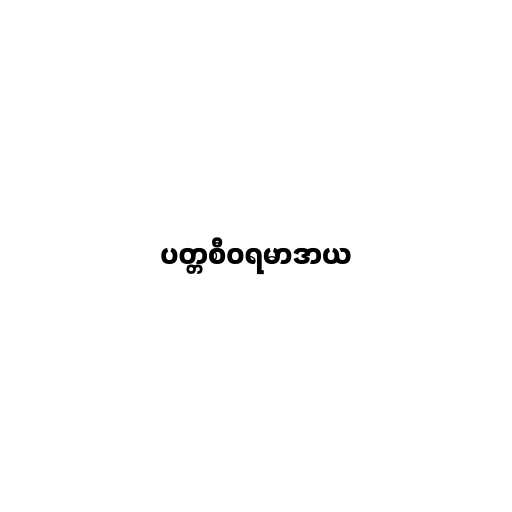
ပတ္တစီဝရမာဒာယ